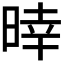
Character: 𣈑